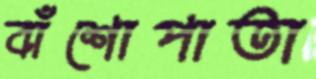
বাঁশোপাতা